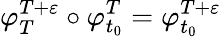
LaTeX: \varphi_{T}^{T+\varepsilon}\circ\varphi_{t_{0}}^{T}=\varphi_{t_{0}}^{T+\varepsilon}